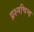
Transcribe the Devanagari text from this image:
प्रश्‍नचिन्ह